Rangoon Lunatic Asylum 1898-1906 - 1898-1906
Year: 1898
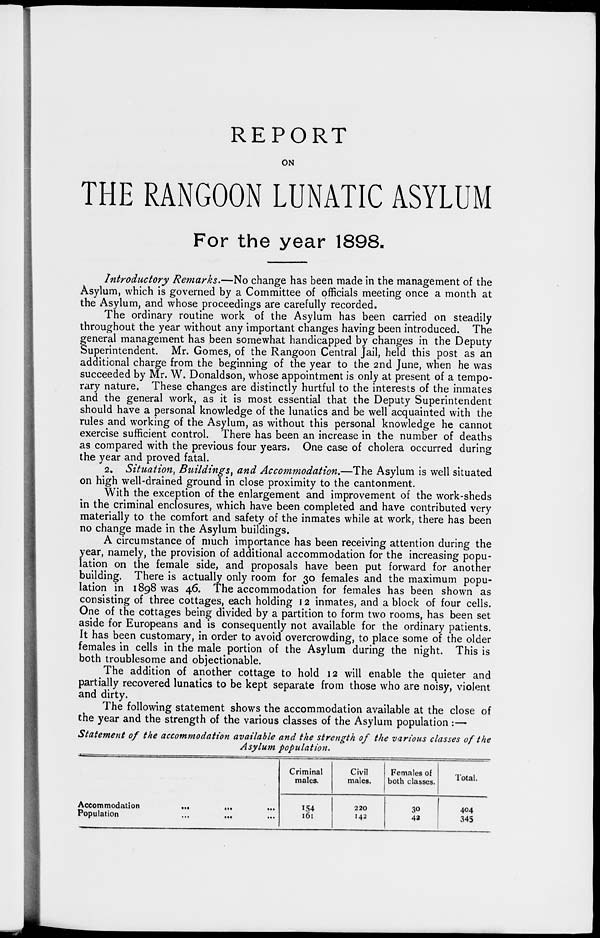
REPORT
ON
THE RANGOON LUNATIC ASYLUM
For the year 1898.
Introductory Remarks.—No change has been made in the management of the
Asylum, which is governed by a Committee of officials meeting once a month at
the Asylum, and whose proceedings are carefully recorded.
The ordinary routine work of the Asylum has been carried on steadily
throughout the year without any important changes having been introduced. The
general management has been somewhat handicapped by changes in the Deputy
Superintendent. Mr. Gomes, of the Rangoon Central Jail, held this post as an
additional charge from the beginning of the year to the 2nd June, when he was
succeeded by Mr. W. Donaldson, whose appointment is only at present of a tempo-
rary nature. These changes are distinctly hurtful to the interests of the inmates
and the general work, as it is most essential that the Deputy Superintendent
should have a personal knowledge of the lunatics and be well acquainted with the
rules and working of the Asylum, as without this personal knowledge he cannot
exercise sufficient control. There has been an increase in the number of deaths
as compared with the previous four years. One case of cholera occurred during
the year and proved fatal.
2. Situation, Buildings, and Accommodation.—The Asylum is well situated
on high well-drained ground in close proximity to the cantonment.
With the exception of the enlargement and improvement of the work-sheds
in the criminal enclosures, which have been completed and have contributed very
materially to the comfort and safety of the inmates while at work, there has been
no change made in the Asylum buildings.
A circumstance of much importance has been receiving attention during the
year, namely, the provision of additional accommodation for the increasing popu-
lation on the female side, and proposals have been put forward for another
building. There is actually only room for 30 females and the maximum popu-
lation in 1898 was 46. The accommodation for females has been shown as
consisting of three cottages, each holding 12 inmates, and a block of four cells.
One of the cottages being divided by a partition to form two rooms, has been set
aside for Europeans and is consequently not available for the ordinary patients.
It has been customary, in order to avoid overcrowding, to place some of the older
females in cells in the male portion of the Asylum during the night. This is
both troublesome and objectionable.
The addition of another cottage to hold 12 will enable the quieter and
partially recovered lunatics to be kept separate from those who are noisy, violent
and dirty.
The following statement shows the accommodation available at the close of
the year and the strength of the various classes of the Asylum population :—
Statement of the accommodation available and the strength of the various classes of the
Asylum population.
Accommodation
...
...
...
Population
...
... ...
Criminal
males.
154
161
Civil
males.
220
142
Females of
both classes.
30
42
Total.
404
345